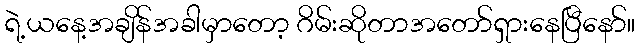
ရဲ့ယနေ့အချိန်အခါမှာတော့ ဂိမ်းဆိုတာအတော်ရှားနေပြီနော်။